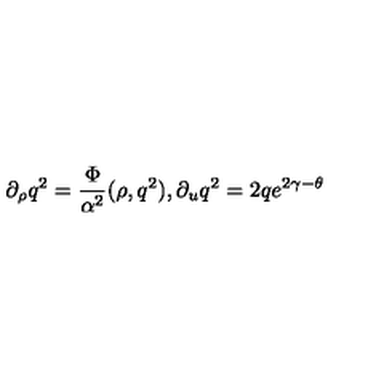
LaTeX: \partial _ { \rho } q ^ { 2 } = { \frac { \Phi } { \alpha ^ { 2 } } } ( \rho , q ^ { 2 } ) , \partial _ { u } q ^ { 2 } = 2 q e ^ { 2 \gamma - \theta }